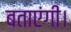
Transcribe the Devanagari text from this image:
बताएंगी।